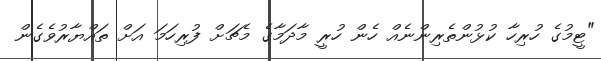
"ޓީމުގެ ހުރިހާ ކުޅުންތެރިންނެއް ހެން ހުރީ މާދަމާގެ މެޗަށް ފުރިހަމަ އަށް ތައްޔާރުވެގެން